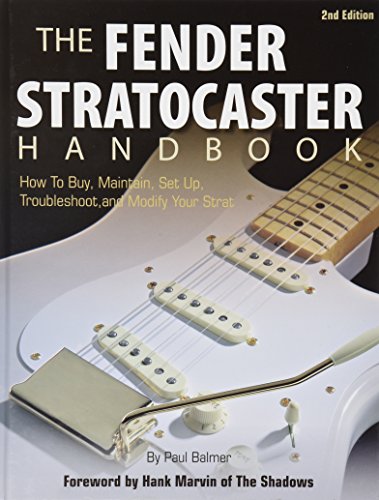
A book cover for The Fender Stratocaster Handbook, 2nd Edition: How To Buy, Maintain, Set Up, Troubleshoot, and Modify Your Strat; Paul Balmer; Arts & Photography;